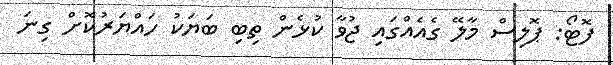
ފޮޓޯ: ޕޮލިސް މާލޭ ގެއެއްގައި ޖުވާ ކުޅެން ތިބި ބަޔަކު ހައްޔަރުކޮށް ގިނަ